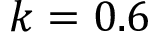
k = 0 . 6